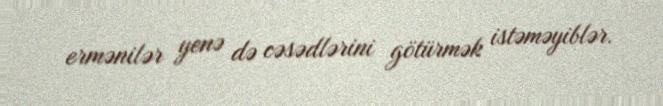
ermənilər yenə də cəsədlərini götürmək istəməyiblər.